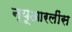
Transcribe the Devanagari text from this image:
न्यूआरलींस